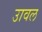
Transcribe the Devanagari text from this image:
उावल